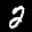
Label: 2